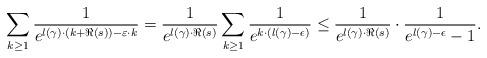
LaTeX: \begin{align*}\sum_{k \ge 1} \frac{1}{e^{l(\gamma)\cdot (k+\Re(s))-\varepsilon\cdot k}} = \frac{1}{e^{l(\gamma) \cdot \Re(s)} } \sum_{k \ge 1} \frac{1}{e^{k \cdot (l(\gamma)-\epsilon)}} \le \frac{1}{e^{l(\gamma) \cdot \Re(s) } } \cdot \frac{1}{e^{l(\gamma)-\epsilon}-1} . \end{align*}